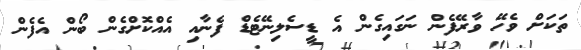
ތަކަށް ވެހޭ ވާރޭފެން ނަގައިގެން އެ ޑީސެލިނޭޓެޑް ފެނާއި އެއްކޮށްގެން ބޯން އެފެން